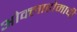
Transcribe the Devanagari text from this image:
ओक्लाहोमाची